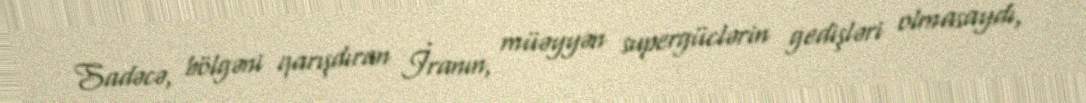
Sadəcə, bölgəni qarışdıran İranın, müəyyən supergüclərin gedişləri olmasaydı,